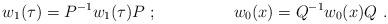
LaTeX: \begin{align*}w_1(\tau)=P^{-1} w_1(\tau) P~;~~~~~~~~~~~~~~ w_0(x)=Q^{-1} w_0(x) Q~.\end{align*}